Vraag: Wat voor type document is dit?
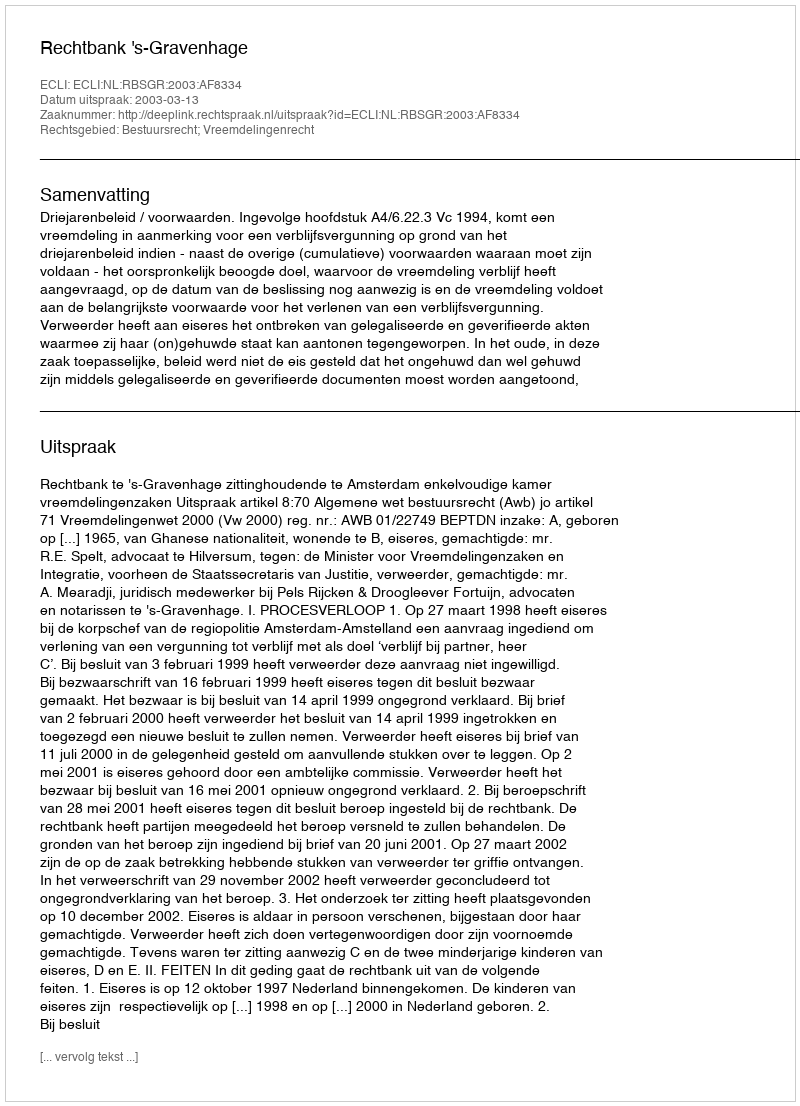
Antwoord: Uitspraak